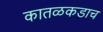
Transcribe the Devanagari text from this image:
कातळकडाच